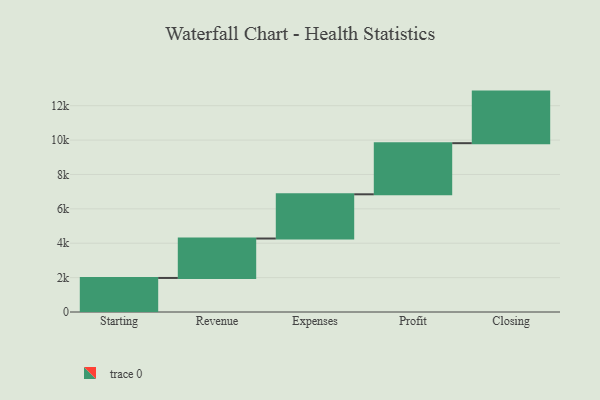
{"axis": {"x": "Step", "y": "Value"}, "legend": [""], "data": [{"x": "Starting", "y": 1980.0, "type": ""}, {"x": "Revenue", "y": 2294.0, "type": ""}, {"x": "Expenses", "y": 2572.0, "type": ""}, {"x": "Profit", "y": 2974.0, "type": ""}, {"x": "Closing", "y": 3000, "type": ""}]}